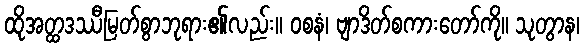
ထိုအတ္ထဒဿီမြတ်စွာဘုရား၏လည်း။ ဝစနံ၊ ဗျာဒိတ်စကားတော်ကို။ သုတွာန၊